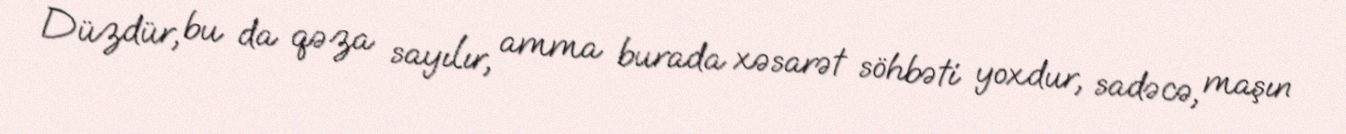
Düzdür, bu da qəza sayılır, amma burada xəsarət söhbəti yoxdur, sadəcə, maşın